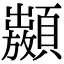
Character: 𩕣